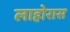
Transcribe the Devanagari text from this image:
लाहोरास